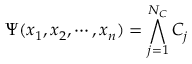
\Psi ( x _ { 1 } , x _ { 2 } , \cdots , x _ { n } ) = \bigwedge _ { j = 1 } ^ { N _ { C } } C _ { j }